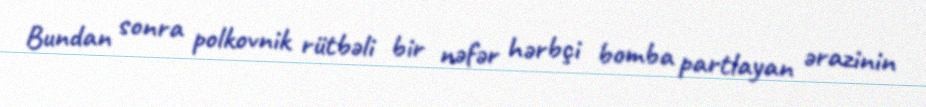
Bundan sonra polkovnik rütbəli bir nəfər hərbçi bomba partlayan ərazinin